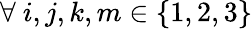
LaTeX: \forall~i,j,k,m\in\{ 1,2,3\}